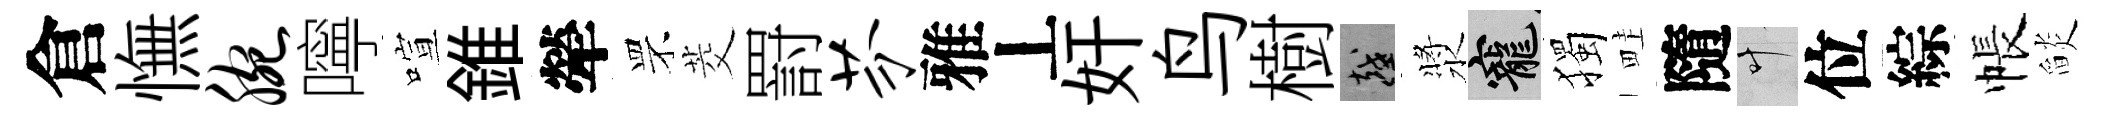
倉憮腕嚀喧錐犖罘茭罸芬雅丄奸鸟樹越漿寵獨畦隨叶位綜帳𦦨